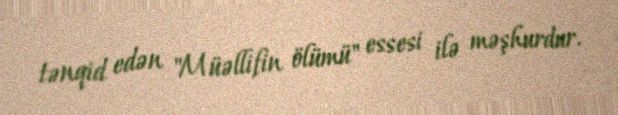
tənqid edən "Müəllifin ölümü" essesi ilə məşhurdur.